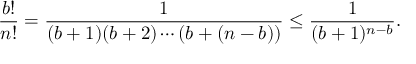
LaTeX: { \frac { b ! } { n ! } } = { \frac { 1 } { ( b + 1 ) ( b + 2 ) \cdots ( b + ( n - b ) ) } } \leq { \frac { 1 } { ( b + 1 ) ^ { n - b } } } .